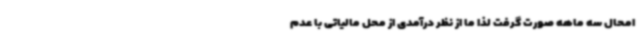
امحال سه ماهه صورت گرفت لذا ما از نظر درآمدی از محل مالیاتی با عدم